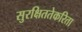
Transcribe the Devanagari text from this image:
सुरक्षिततेकरिता